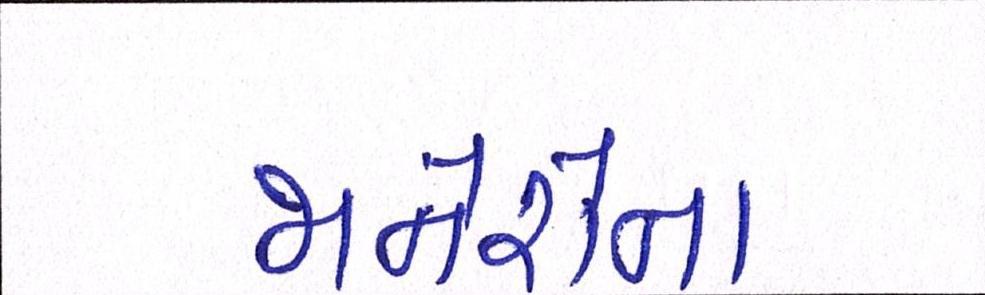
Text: જાનેરોના